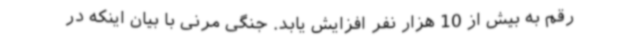
رقم به بیش از 10 هزار نفر افزایش یابد. جنگی مرنی با بیان اینکه در